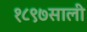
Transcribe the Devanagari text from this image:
१८९७साली